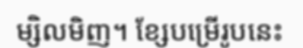
ម្សិលមិញ។ ខ្សែបម្រើរូបនេះ